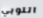
اللوبي